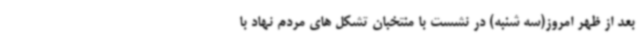
بعد از ظهر امروز(سه شنبه) در نشست با منتخبان تشکل های مردم نهاد با